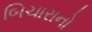
બિચારાનો